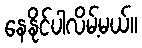
နေနိုင်ပါလိမ့်မယ်။